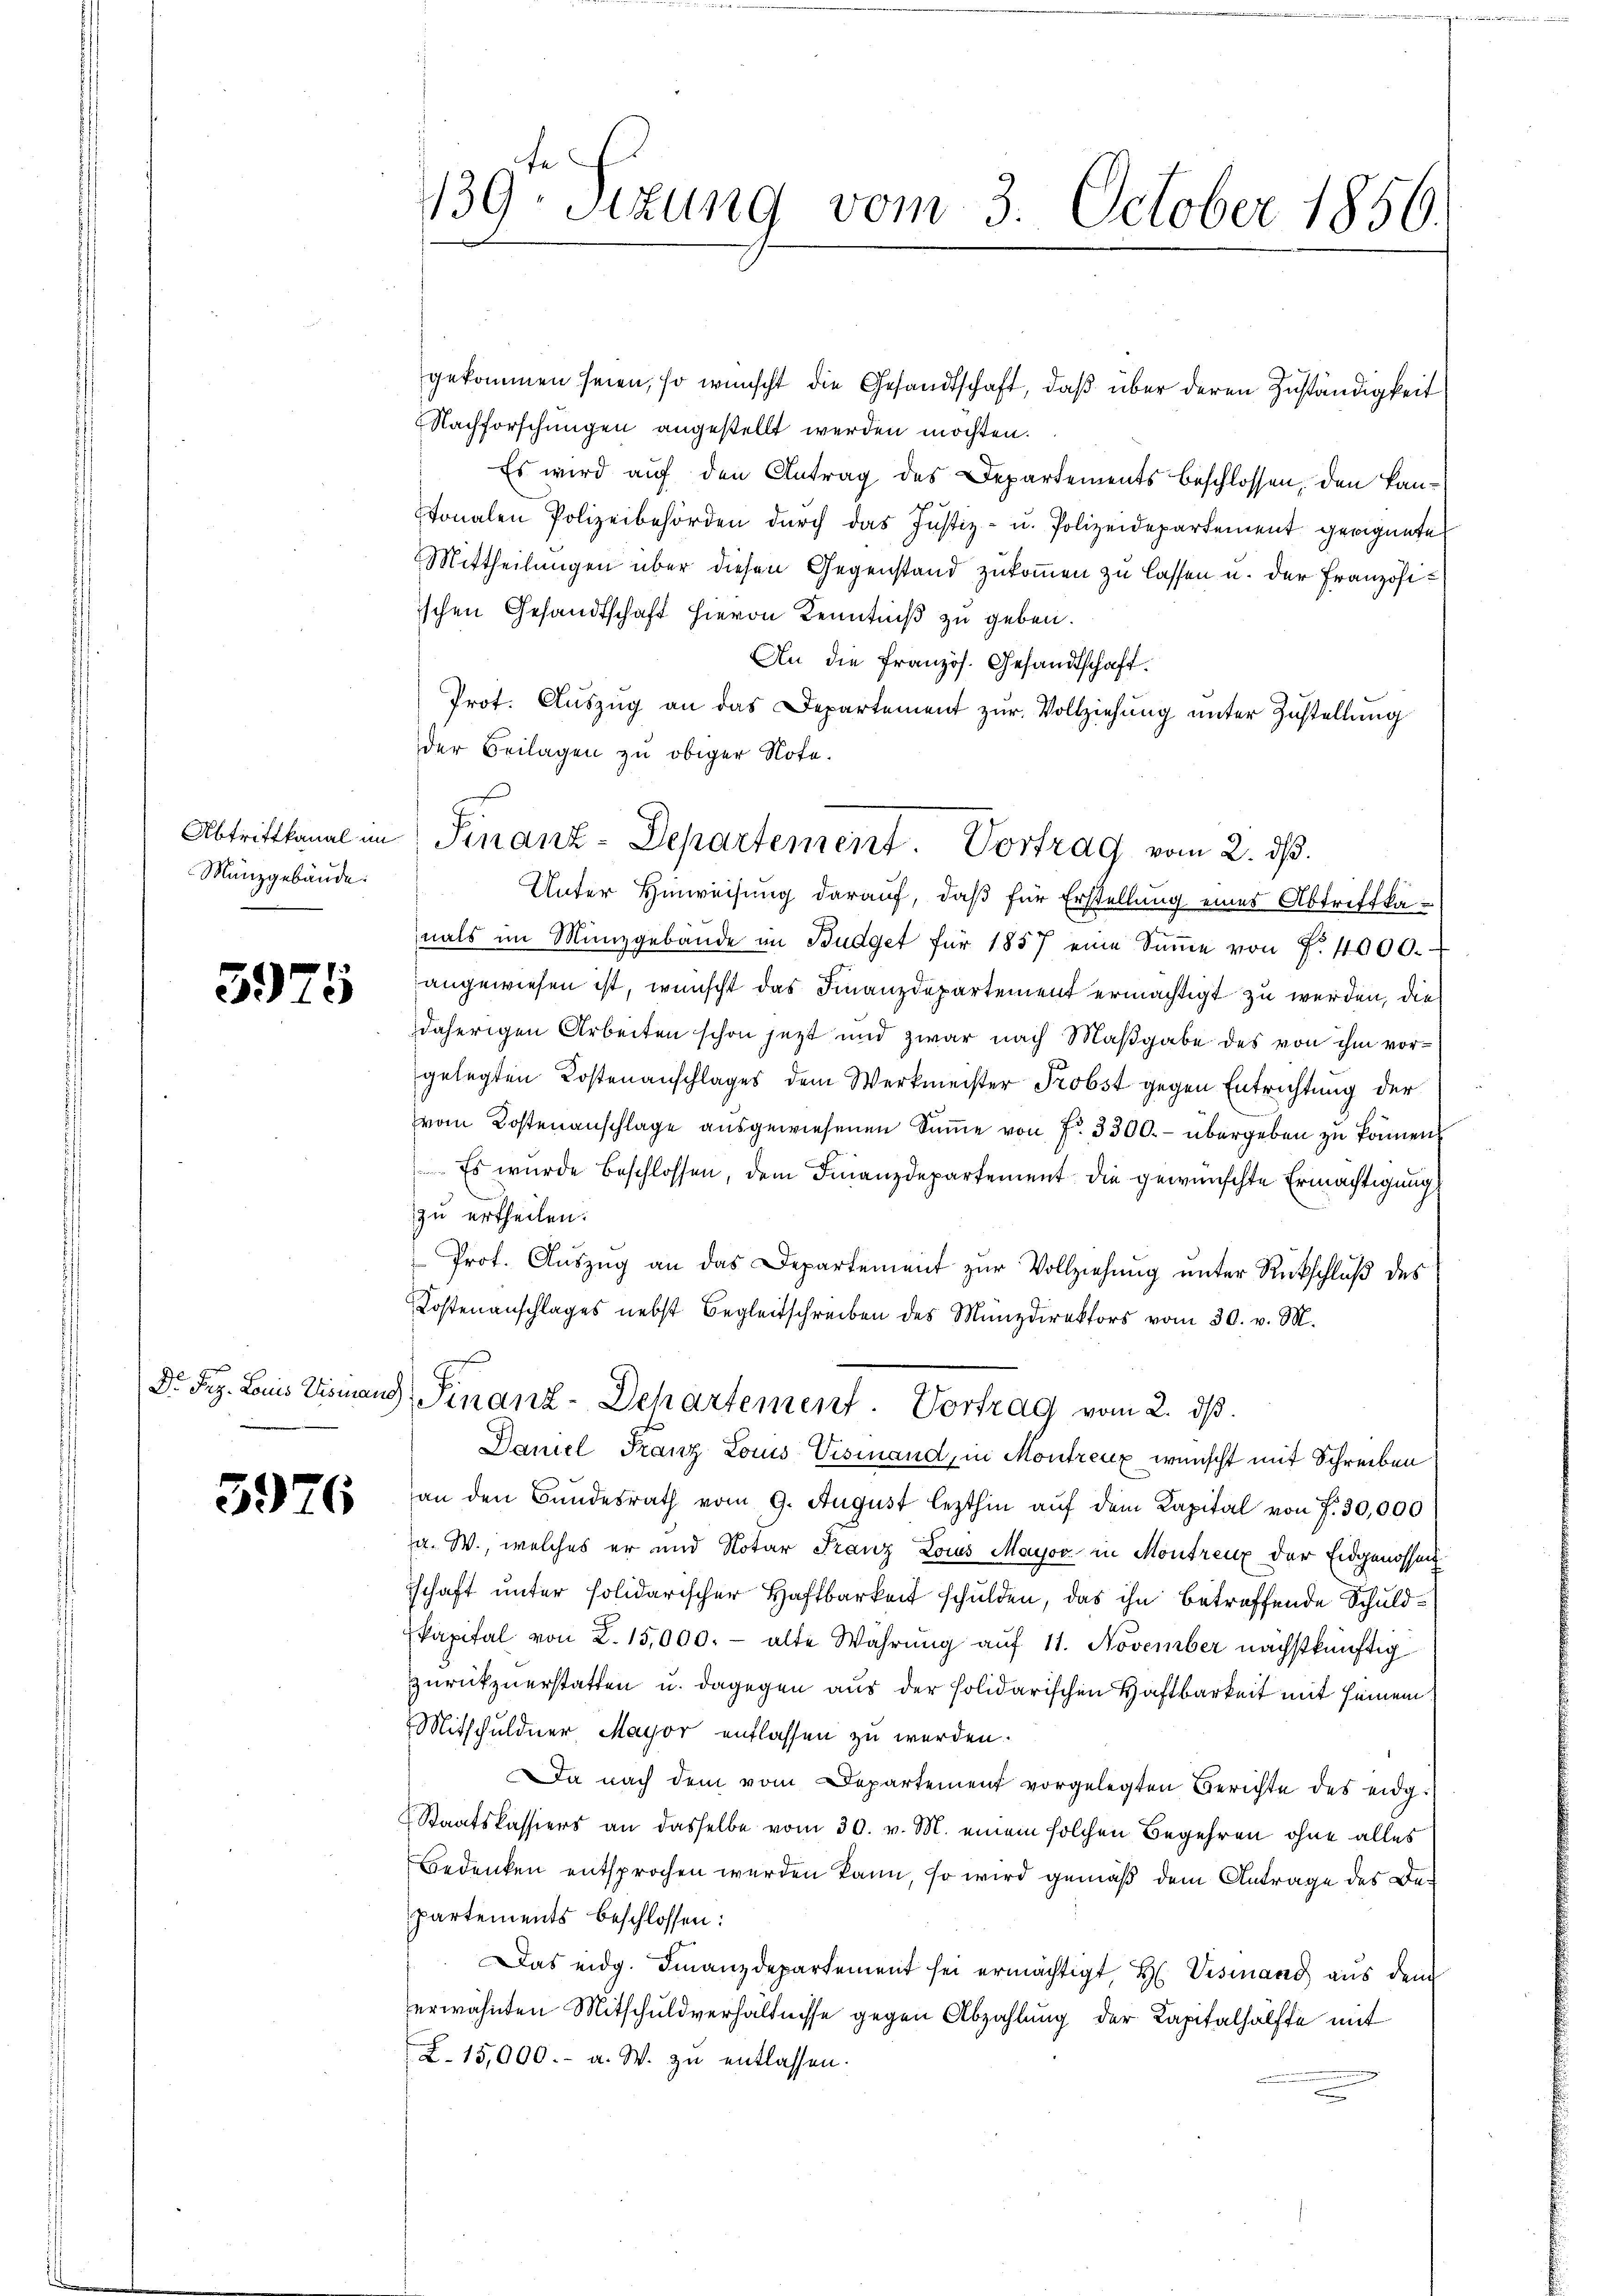
Mänzgebäude.

3925

5976

139. Sizung vom 3. October 1856.

gekommen seien, so wünscht die Gesandtschaft, daß über deren Zuständigkeit
Nachforschungen angestellt werden möchten.
Es wird auf den Antrag des Departements beschlossen, den kantonalen Polizeibehörden durch das Justiz- u. Polizeidepartement geeignete
Mittheilungen über diesen Gegenstand zukommen zu lassen u. der Französiischen Gesandtschaft hievon Kenntniß zu geben.
An die Französ. Gesandtschaft.
Prot. Auszug an das Departement zur Vollziehung unter Zustellung
der Beilagen zu obiger Note.
Unter Hinweisung darauf, daß für Erstellung eines Abtriffkanals im Münzgebäŭde im Budget für 1857 eine Sŭṁe von f. 4000.
angewiesen ist, wünscht das Finanzdepartement ermächtigt zu werden, die
daherigen Arbeiten schon jetzt und zwar nach Maßgabe des von ihm vorgelegten Kostenanschlages dem Werkmeister Probst gegen Entrichtung der
vom Kostenanschlage ausgewiesenen Summe von f. 3300.- übergeben zu können.
 Es wurde beschlossen, dem Finanzdepartement die gewünschte Ermächtigung
zu ertheilen.
Prof. Auszug an das Departement zur Vollziehung unter Rückschluß des
Kostenanschlages nebst Begleitschreiben des Münzdirektors vom 30. v. M.
e
Dr. Frz. Louis Vismann Finanz-Departement. Vortrag vom 2. dβ.
Daniel Franz Lois Visinand, in Montreux wünscht mit Schreiben
an den Bundesrath vom 9. August lezthin auf dem Kapital von 7. 30,000
a. W., welches er und Notar Franz Lois Mayoo in Montreux der Eidgenosseng
schaft unter solidarischer Haftbarkeit schulden, das ihn betreffende Schuldkapital von L. 15,000.- alte Wahrung auf 11. November nächstkünftig
zurückzuerstatten u. dagegen aus der solidarischen Haftbarkeit mit seinem
Mitschuldner Mayor entlassen zu werden.
Da nach dem vom Departement vorgelegten Berichte des eidg¬
Staatskassiers an dasselbe vom 30. v. M. einem solchen Begehren ohne alles
Bedenken entsprochen werden kann, so wird gemäß dem Antrage des Bepartements beschlossen:
Das eidg. Finanzdepartement sei ermächtigt, H. Vismand aus dem
erwähnten Mitschuldverhältnisse gegen Abzahlung der Kapitalhälfte mit
Z. 15,000.- a. W. zu entlassen.

s
Abtrittkanal in Finanz-Departement. Vortrag vom 2. dβ.